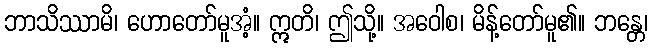
ဘာသိဿာမိ၊ ဟောတော်မူအံ့။ ဣတိ၊ ဤသို့။ အဝေါစ၊ မိန့်တော်မူ၏။ ဘန္တေ၊